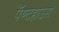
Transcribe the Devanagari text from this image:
पॅण्टहाउस